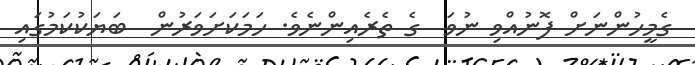
ގެމީހުންނަށް ފޮނުއްވި ނުވަ  ގެ ތެރެއިންނެވެ. ހަމަކަށަވަރުން  ބަޔަކުކަމުގައި